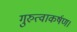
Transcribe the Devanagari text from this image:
गुरुत्वाकर्षण।